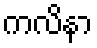
ကလိနာ